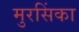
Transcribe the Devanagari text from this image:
मुरसिंका